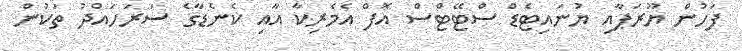
ފަހުން ޔޫރަޕާއި ޔުނައިޓެޑް ސްޓޭޓްސް އޮފް އެމެރިކާ އާއި ކެނެޑާގެ ސަރަހައްދު ތަކުން